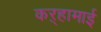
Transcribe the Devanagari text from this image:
कऱ्हामाई